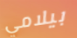
بيلامي